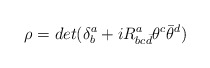
\begin{align*}\rho= det(\delta^a_b+i R^a_{bc{\bar d}}\theta^c \bar\theta^d)\end{align*}